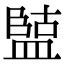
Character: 𭾏